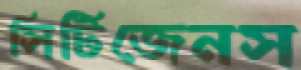
সিটিজেনস